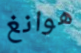
هوانغ